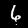
Digit: 6